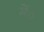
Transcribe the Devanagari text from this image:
में०